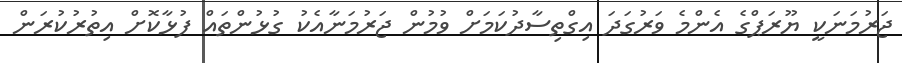
ޖަރުމަނަކީ ޔޫރަޕްގެ އެންމެ ވަރުގަދަ އިގްތިސާދުކަމަށް ވުމުން ޖަރުމަނާއެކު ގުޅުންތައް ފުޅާކޮށް އިތުރުކުރަން